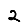
Digit: 2